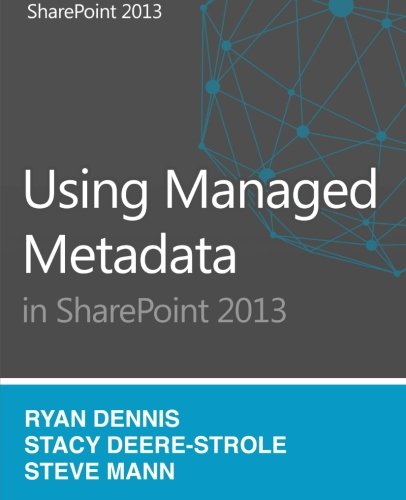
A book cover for Using Managed Metadata in SharePoint 2013; Stacy Deere-Strole; Computers & Technology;